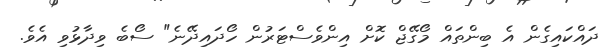
ދައްކައިގެން އެ ބިންތައް މޯގޭޖް ކޮށް އިންވެސްޓަރުން ހޯދައިދޭނެ" ސޯބެ ވިދާޅުވި އެވެ.